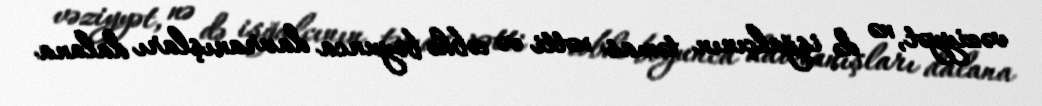
vəziyyət, nə də işğalçının təmas xətti və cəbhə boyunca davranışları dalana